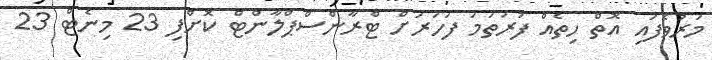
މަރުވެފައި އޮތް ހިތެއް ފުރަތަމަ ފަހަރަށް ޓްރާންސްޕްލާންޓް ކޮށްފި 23 މިނެޓް 23